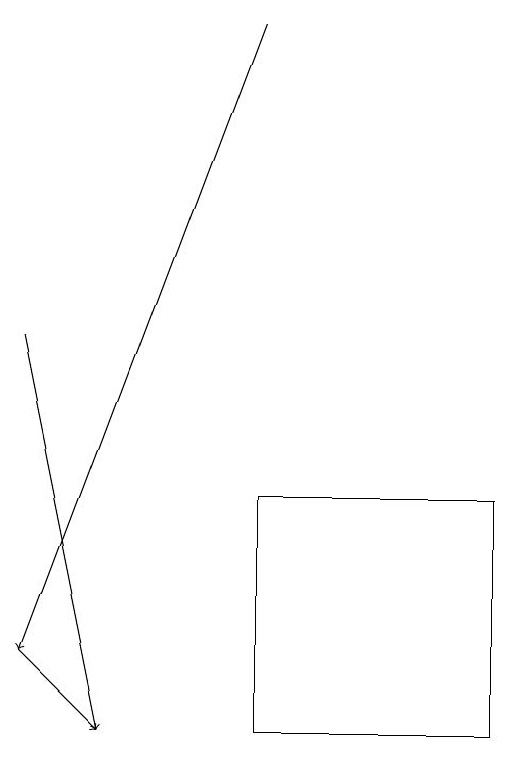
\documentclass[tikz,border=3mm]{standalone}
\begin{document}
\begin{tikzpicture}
\draw (9,10) rectangle (6,13);
\draw[->] (6,19) -- (3,11);
\draw[->] (3,11) -- (4,10);
\draw[->] (3,15) -- (4,10);
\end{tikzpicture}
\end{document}